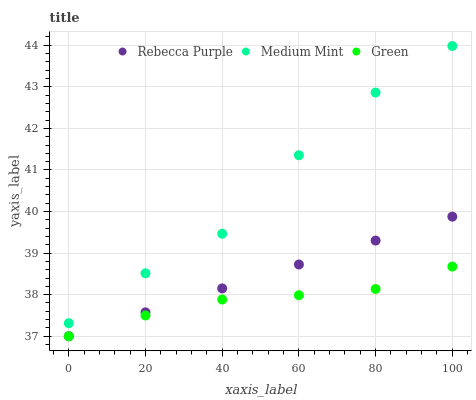
| xaxis_label | Rebecca Purple | Medium Mint | Green |
 | --- | --- | --- | --- |
 | 0 | 37 | 37.3 | 37 |
 | 20 | 37.6 | 38.5 | 37.5 |
 | 40 | 38.2 | 39.5 | 37.9 |
 | 60 | 38.7 | 41.4 | 38 |
 | 80 | 39.3 | 42.9 | 38.1 |
 | 100 | 39.9 | 44 | 38.7 |